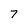
Character: 7